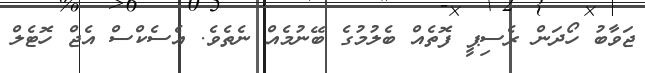
ޖަވާބު ހޯދަން ރެސިޕީ ފޮތެއް ބެލުމުގެ ބޭނުމެއް ނެތެވެ. އެސެކްސް އެޖް ހޮޓެލް